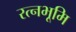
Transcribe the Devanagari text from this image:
रत्नभूमि